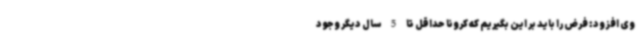
وی افزود: فرض را باید بر این بگیریم که کرونا حداقل تا 5 سال دیگر وجود